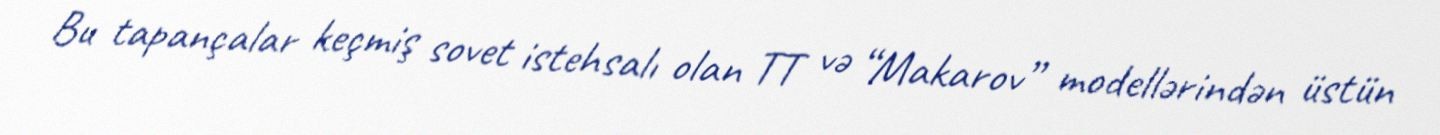
Bu tapançalar keçmiş sovet istehsalı olan TT və “Makarov” modellərindən üstün